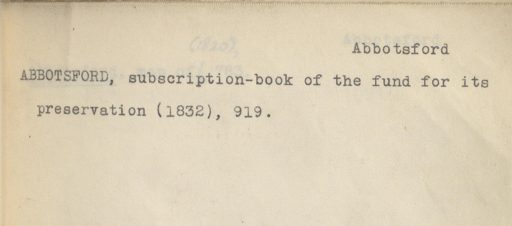
Label: content